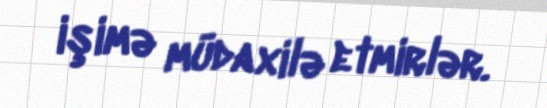
işimə müdaxilə etmirlər.